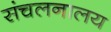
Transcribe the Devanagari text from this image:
संचलनालय